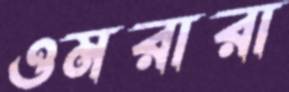
ওমরারা